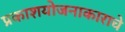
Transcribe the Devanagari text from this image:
प्रकाशयोजनाकाराचे